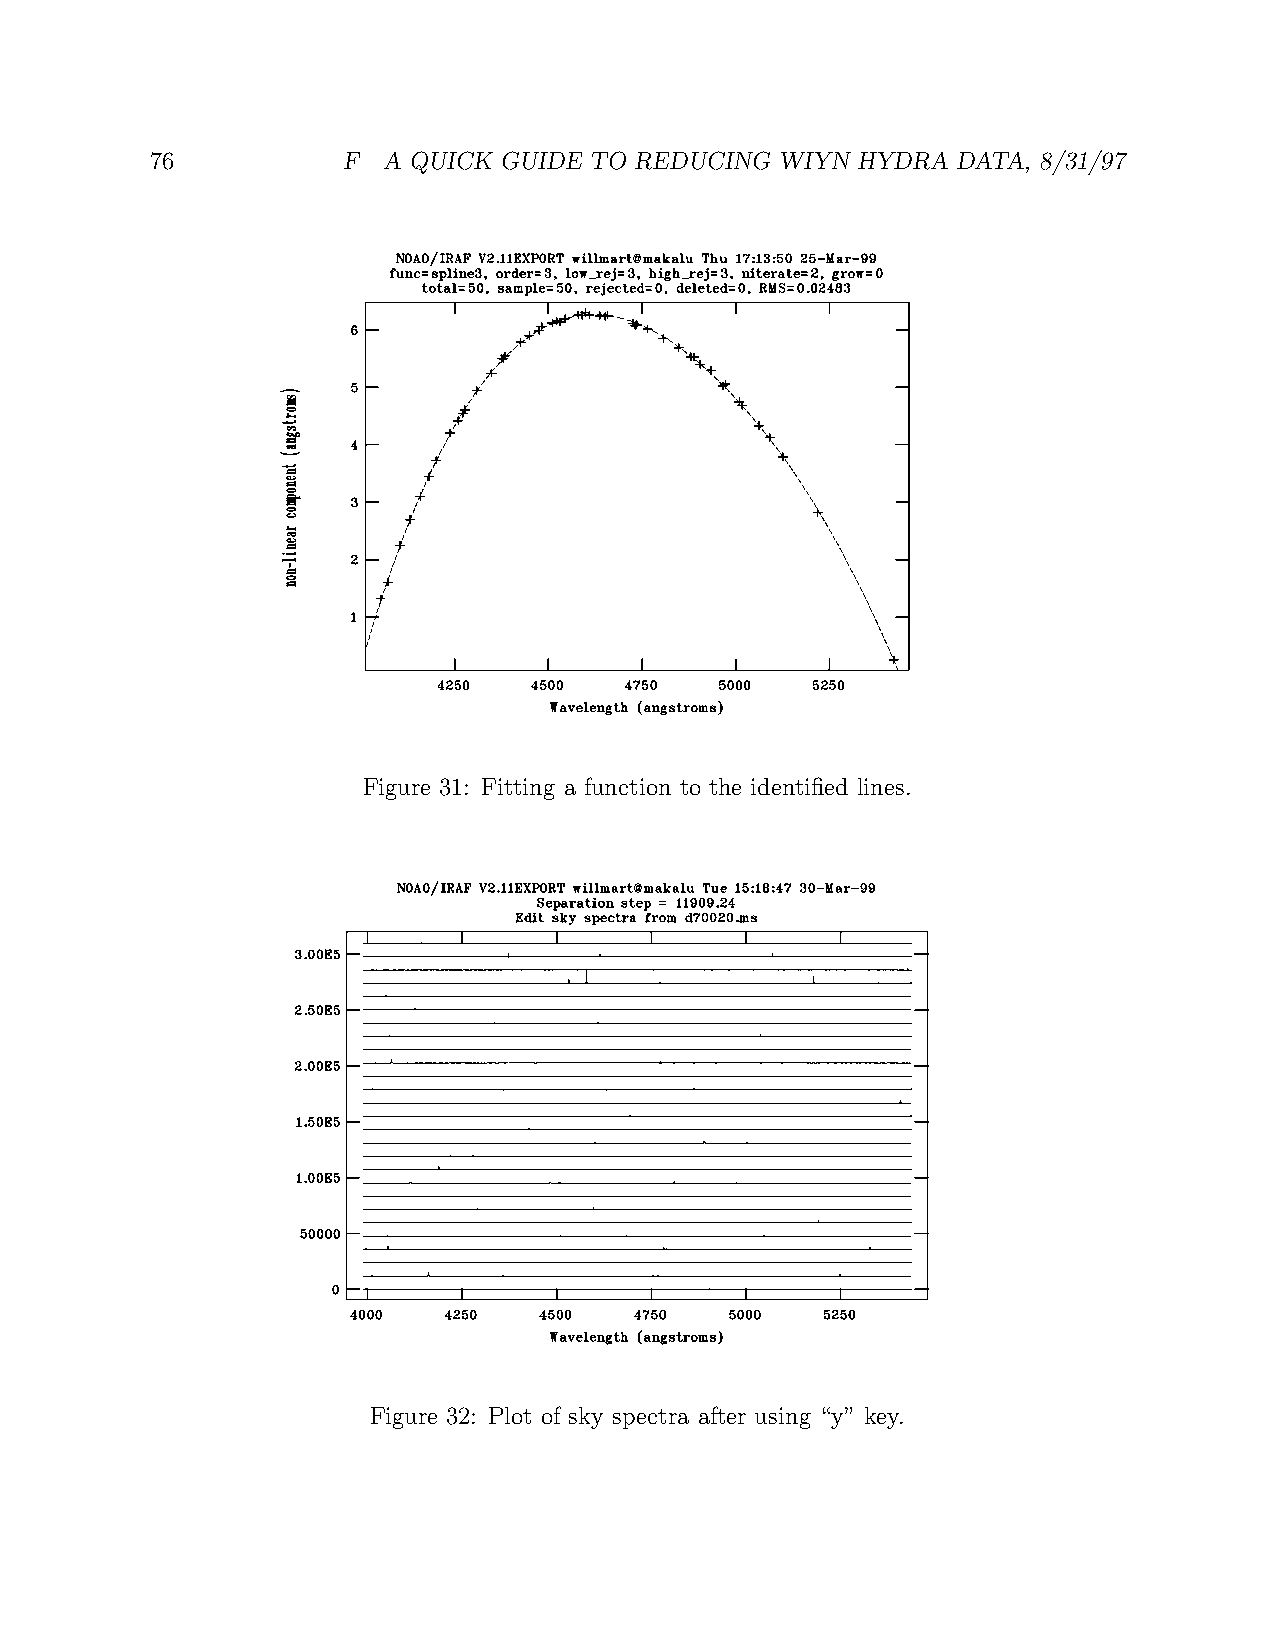
76           F A QUICK GUIDE TO REDUCING  WIYN HYDRA DATA, 8/31/97
 Figure 31: Fitting a function to the identified lines.
 Figure 32: Plot of sky spectra after using “y” key.